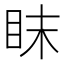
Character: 眜